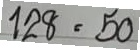
128 = 50